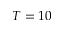
T = 1 0